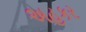
અહકર